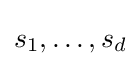
s_{1},\ldots ,s_{d}